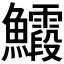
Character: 𮬙